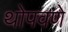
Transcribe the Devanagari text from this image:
थोपवणे